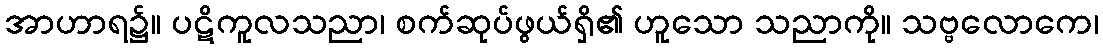
အာဟာရ၌။ ပဋိကူလသညာ၊ စက်ဆုပ်ဖွယ်ရှိ၏ ဟူသော သညာကို။ သဗ္ဗလောကေ၊